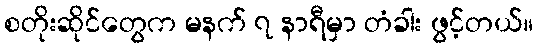
စတိုးဆိုင်တွေက မနက် ၇ နာရီမှာ တံခါး ဖွင့်တယ်။